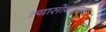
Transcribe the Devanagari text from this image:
त्यासोबतीला